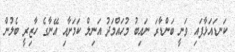
ކަނޑައަޅާފައި ވަނީ ބަންޑާރަ ނައިބު މުހައްމަދު އަނިލް ކަމަށާއި އޭނާގެ ހާޒިރީ ބެލުން